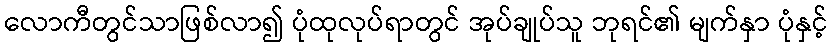
လောကီတွင်သာဖြစ်လာ၍ ပုံထုလုပ်ရာတွင် အုပ်ချုပ်သူ ဘုရင်၏ မျက်နှာ ပုံနှင့်